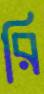
রি